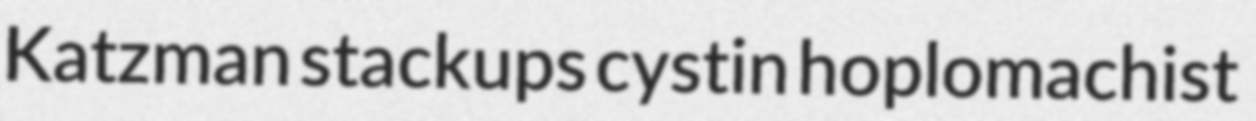
Katzman stackups cystin hoplomachist